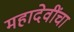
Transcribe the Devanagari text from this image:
महादेवींचा